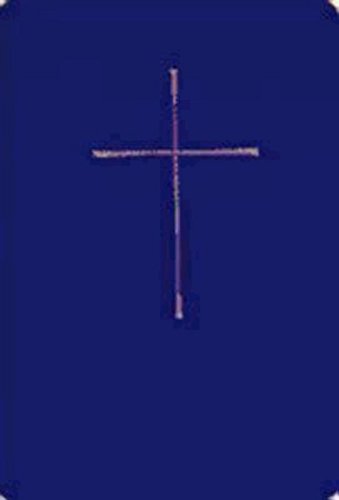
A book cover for The Book of Common Prayer; Christian Books & Bibles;